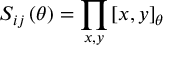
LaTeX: S _ { i j } \left( \theta \right) = \prod _ { x , y } \left[ x , y \right] _ { \theta }